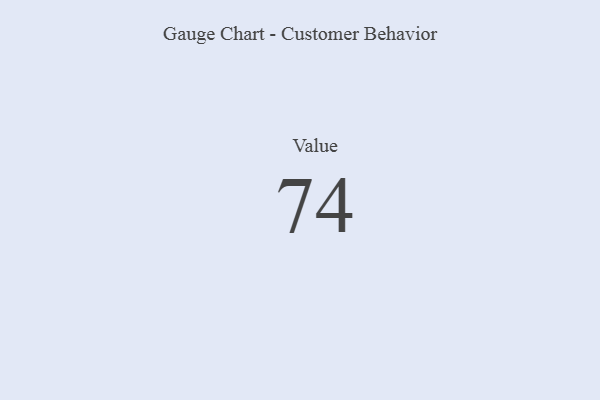
{"axis": {"x": "Metric", "y": "Value"}, "legend": [""], "data": [{"x": "Value", "y": 74, "type": ""}]}